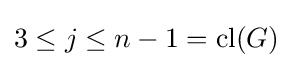
3\leq j\leq n-1=\mathrm {cl} (G)